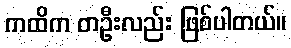
ကထိက တဦးလည်း ဖြစ်ပါတယ်။